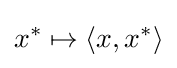
x^{*}\mapsto \langle x,x^{*}\rangle